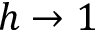
h \rightarrow 1